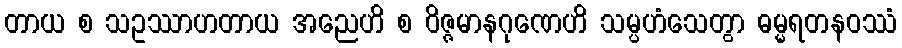
တာယ စ သဥဿာဟတာယ အညေဟိ စ ဝိဇ္ဇမာနဂုဏေဟိ သမ္ပဟံသေတွာ ဓမ္မရတနဝဿံ